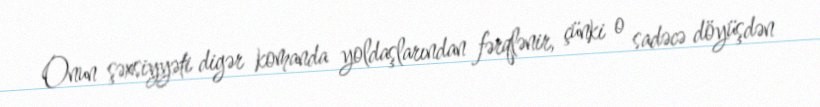
Onun şəxsiyyəti digər komanda yoldaşlarından fərqlənir, çünki o sadəcə döyüşdən